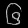
Digit: ၆